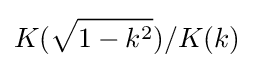
K({\sqrt {1-k^{2}}})/K(k)